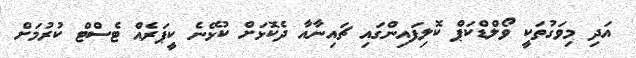
އަދި މިވަގުތަކީ ވޯލްޑްކަޕް ކޮލިފައިންގައި ޗައިނާއާ ދެކޮޅަށް ކުޅޭނެ ކީޕަރެއް ޓެސްޓް ކުރުމަށް